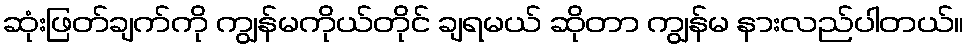
ဆုံးဖြတ်ချက်ကို ကျွန်မကိုယ်တိုင် ချရမယ် ဆိုတာ ကျွန်မ နားလည်ပါတယ်။